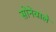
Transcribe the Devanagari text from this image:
सोनेवाले